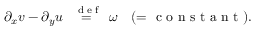
\partial _ { x } v - \partial _ { y } u \stackrel { \mathrm { ~ \tiny ~ { ~ d ~ e ~ f ~ } ~ } } { = } \omega \quad ( = \mathrm { ~ c ~ o ~ n ~ s ~ t ~ a ~ n ~ t ~ } ) .